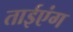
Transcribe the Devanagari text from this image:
ताईएंग